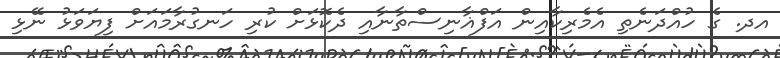
އދ. ގެ ހުއްދަނެތި އެމެރިކާއިން އަފްޣާނިސްތާނާއި ދެކޮޅަށް ކުރި ހަނގުރާމައަށް ފިޔަވަޅު ނޭޅި